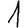
Digit: 1